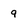
Character: 9